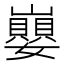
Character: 𡾸